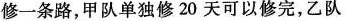
修一条路，甲队单独修20天可以修完，乙队